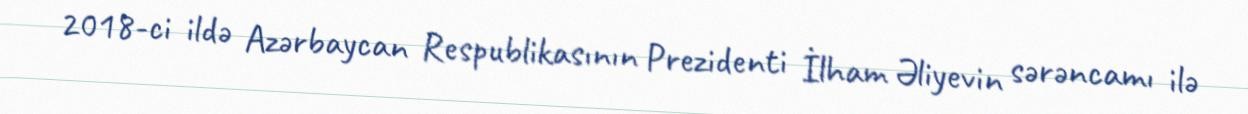
2018-ci ildə Azərbaycan Respublikasının Prezidenti İlham Əliyevin sərəncamı ilə